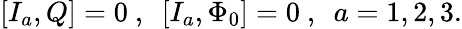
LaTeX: [I_{a},Q]=0\ ,\ \ [I_{a},\Phi_{0}]=0\ ,\ \ a=1,2,3.